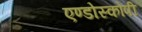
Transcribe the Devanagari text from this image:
एण्डोस्कोपी